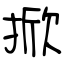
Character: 掀